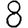
Digit: 8